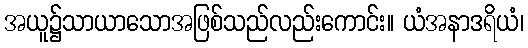
အယူ၌သာယာသောအဖြစ်သည်လည်းကောင်း။ ယံအနာဒရိယံ၊